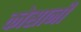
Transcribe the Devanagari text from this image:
कोसानी